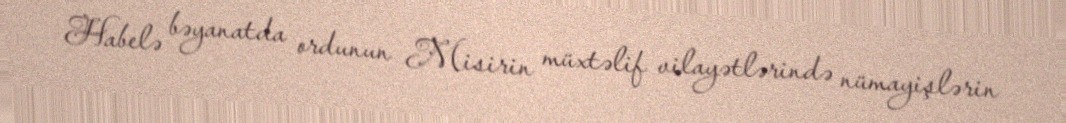
Habelə bəyanatda ordunun Misirin müxtəlif vilayətlərində nümayişlərin